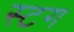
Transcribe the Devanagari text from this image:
स्टग